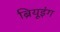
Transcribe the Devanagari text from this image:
ब्रियूइंग